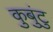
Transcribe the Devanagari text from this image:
कुबुंटु